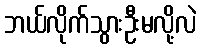
ဘယ်လိုက်သွားဦးမလို့လဲ